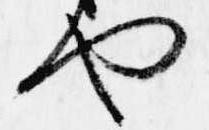
や